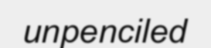
unpenciled